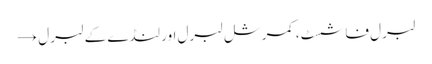
لبرل فاشسٹ، کمرشل لبرل اور لنڈے کے لبرل →